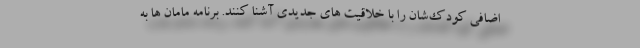
اضافی کودک‌شان را با خلاقیت های جدیدی آشنا کنند. برنامه مامان ها به